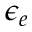
\epsilon _ { e }